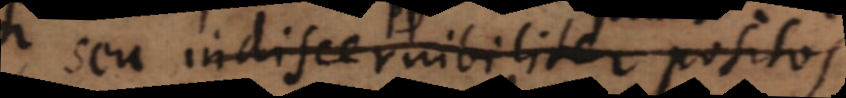
seu indiscernibiliter darüber: